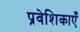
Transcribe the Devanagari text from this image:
प्रवेशिकाएँ